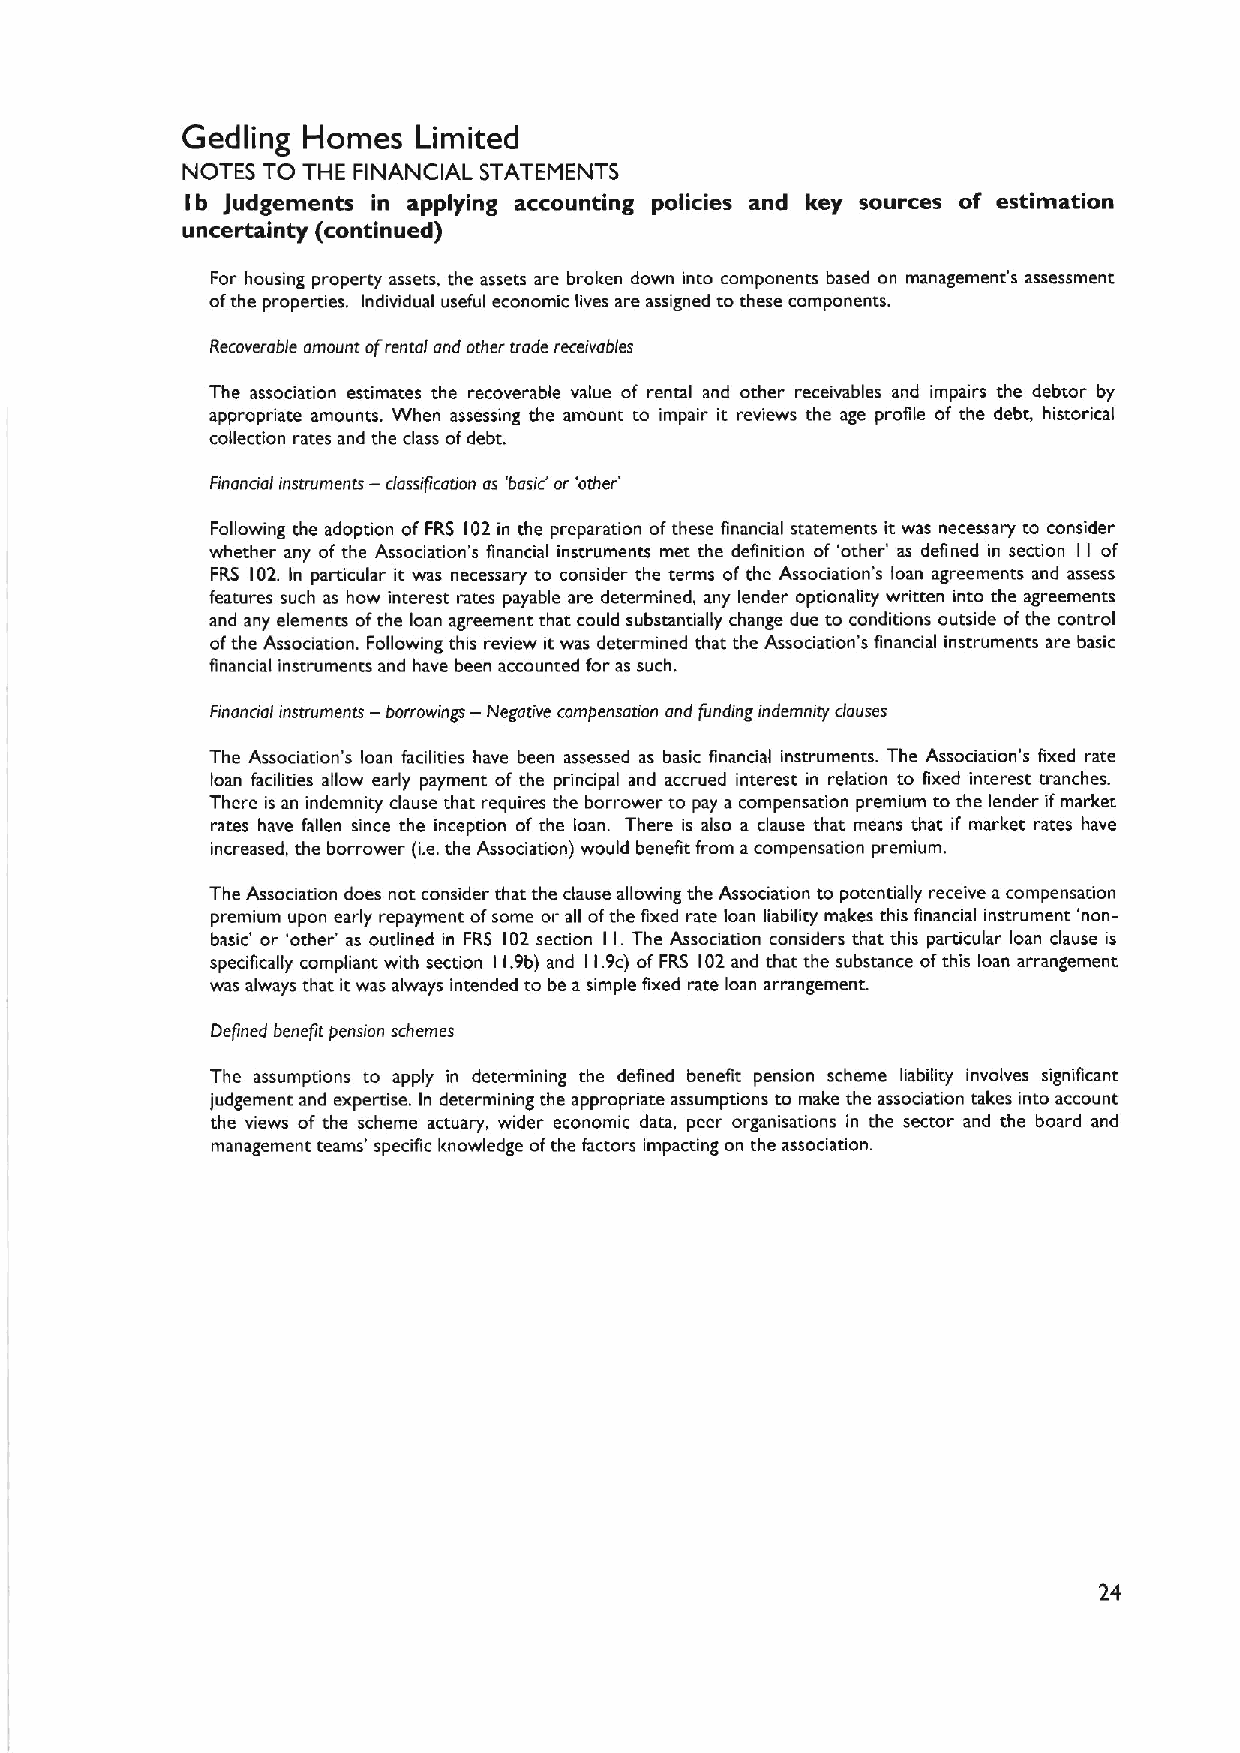
Gedling Homes   Limited
 NOTES TO THE FINANCIAL STATEMENTS
 Ib Judgements in applying accounting policies and key sources of estimation
 uncertainty (continued)
 For housing property assets, the assets are broken down into components based on management's assessment
 ofthe properties. Individual useful economic lives are assigned to these components.
 Recoverable amount ofrental and other vade receivables
 The association estimates the recoverable value of rental and other receivables and impairs the debtor by
 appropriate amounts. When assessing the amount to impair it reviews the age profile of the debt, historical
 collection rates and the class ofdebt.
 Financial instruments — classification as 'basiC or'other'
 Following the adoption of FRS 102in the preparation ofthese financial statements it was necessary to consider
 whether any of the Association's financial instruments met the definition of 'other' as defined in section I I of
 FRS 102. In particular it was necessary to consider the terms of the Association's loan agreements and assess
 features such as how interest rates payable are determined, any lender optionality written into the agreements
 and any elements ofthe loan agreement that could substantially change due to conditions outside ofthe control
 ofthe Association. Following this review itwas determined that the Association's financial instruments are basic
 financial instruments and have been accounted for as such.
 Financioi instruments — borrowings — Negative corn pensotian and funding indemnity dauses
 The Association's loan facilities have been assessed as basic financial instruments. The Association's fixed rate
 loan facilities allow early payment of the principal and accrued interest in relation to fixed interest trenches.
 There is an indemnity clause that requires the borrower to pay a compensation premium to the lender ifmarket
 rates have fallen since the inception of the loan. There is also a clause that means that if market rates have
 increased, the borrower (i.e.the Association) would benefit from acompensation premium.
 The Association does not consider that the clause allowing the Association to potentially receive acompensation
 premium upon early repayment ofsome or all ofthe fixed rate loan liability makes this financial instrument 'non-
 basic' or 'other' as outlined in FRS 102section I I.The Association considers that this particular loan clause is
 specifically compliant with section 11.9b) and 11.9c) of FRS 102and that the substance ofthis loan arrangement
 was always that itwas always intended to be a simple fixed rate loan arrangement.
 Defined benefit pension schemes
 The assumptions to apply in determining the defined benefit pension scheme liability involves significant
 judgement and expertise. In determining the appropriate assumptions to make the association takes into account
 the views of the scheme actuary, wider economic data, peer organisations in the sector and the board and
 management teams' specific knowledge ofthe factors impacting on the association.
 24